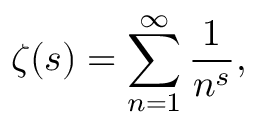
\zeta ( s ) = \sum _ { n = 1 } ^ { \infty } { \frac { 1 } { n ^ { s } } } ,